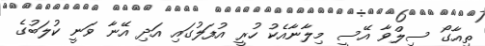
ތިއާގޯ ސިލްވާ އޭސީ މިލާނާއެކު ހުރީ އުފަލުގައި އަދި އޭނާ ވަނީ ކުލަބުގެ